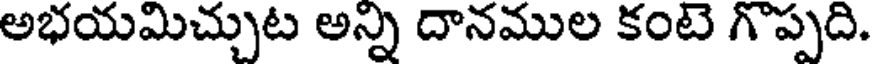
అభయమిచ్చుట అన్ని దానముల కంటె గొప్పది.